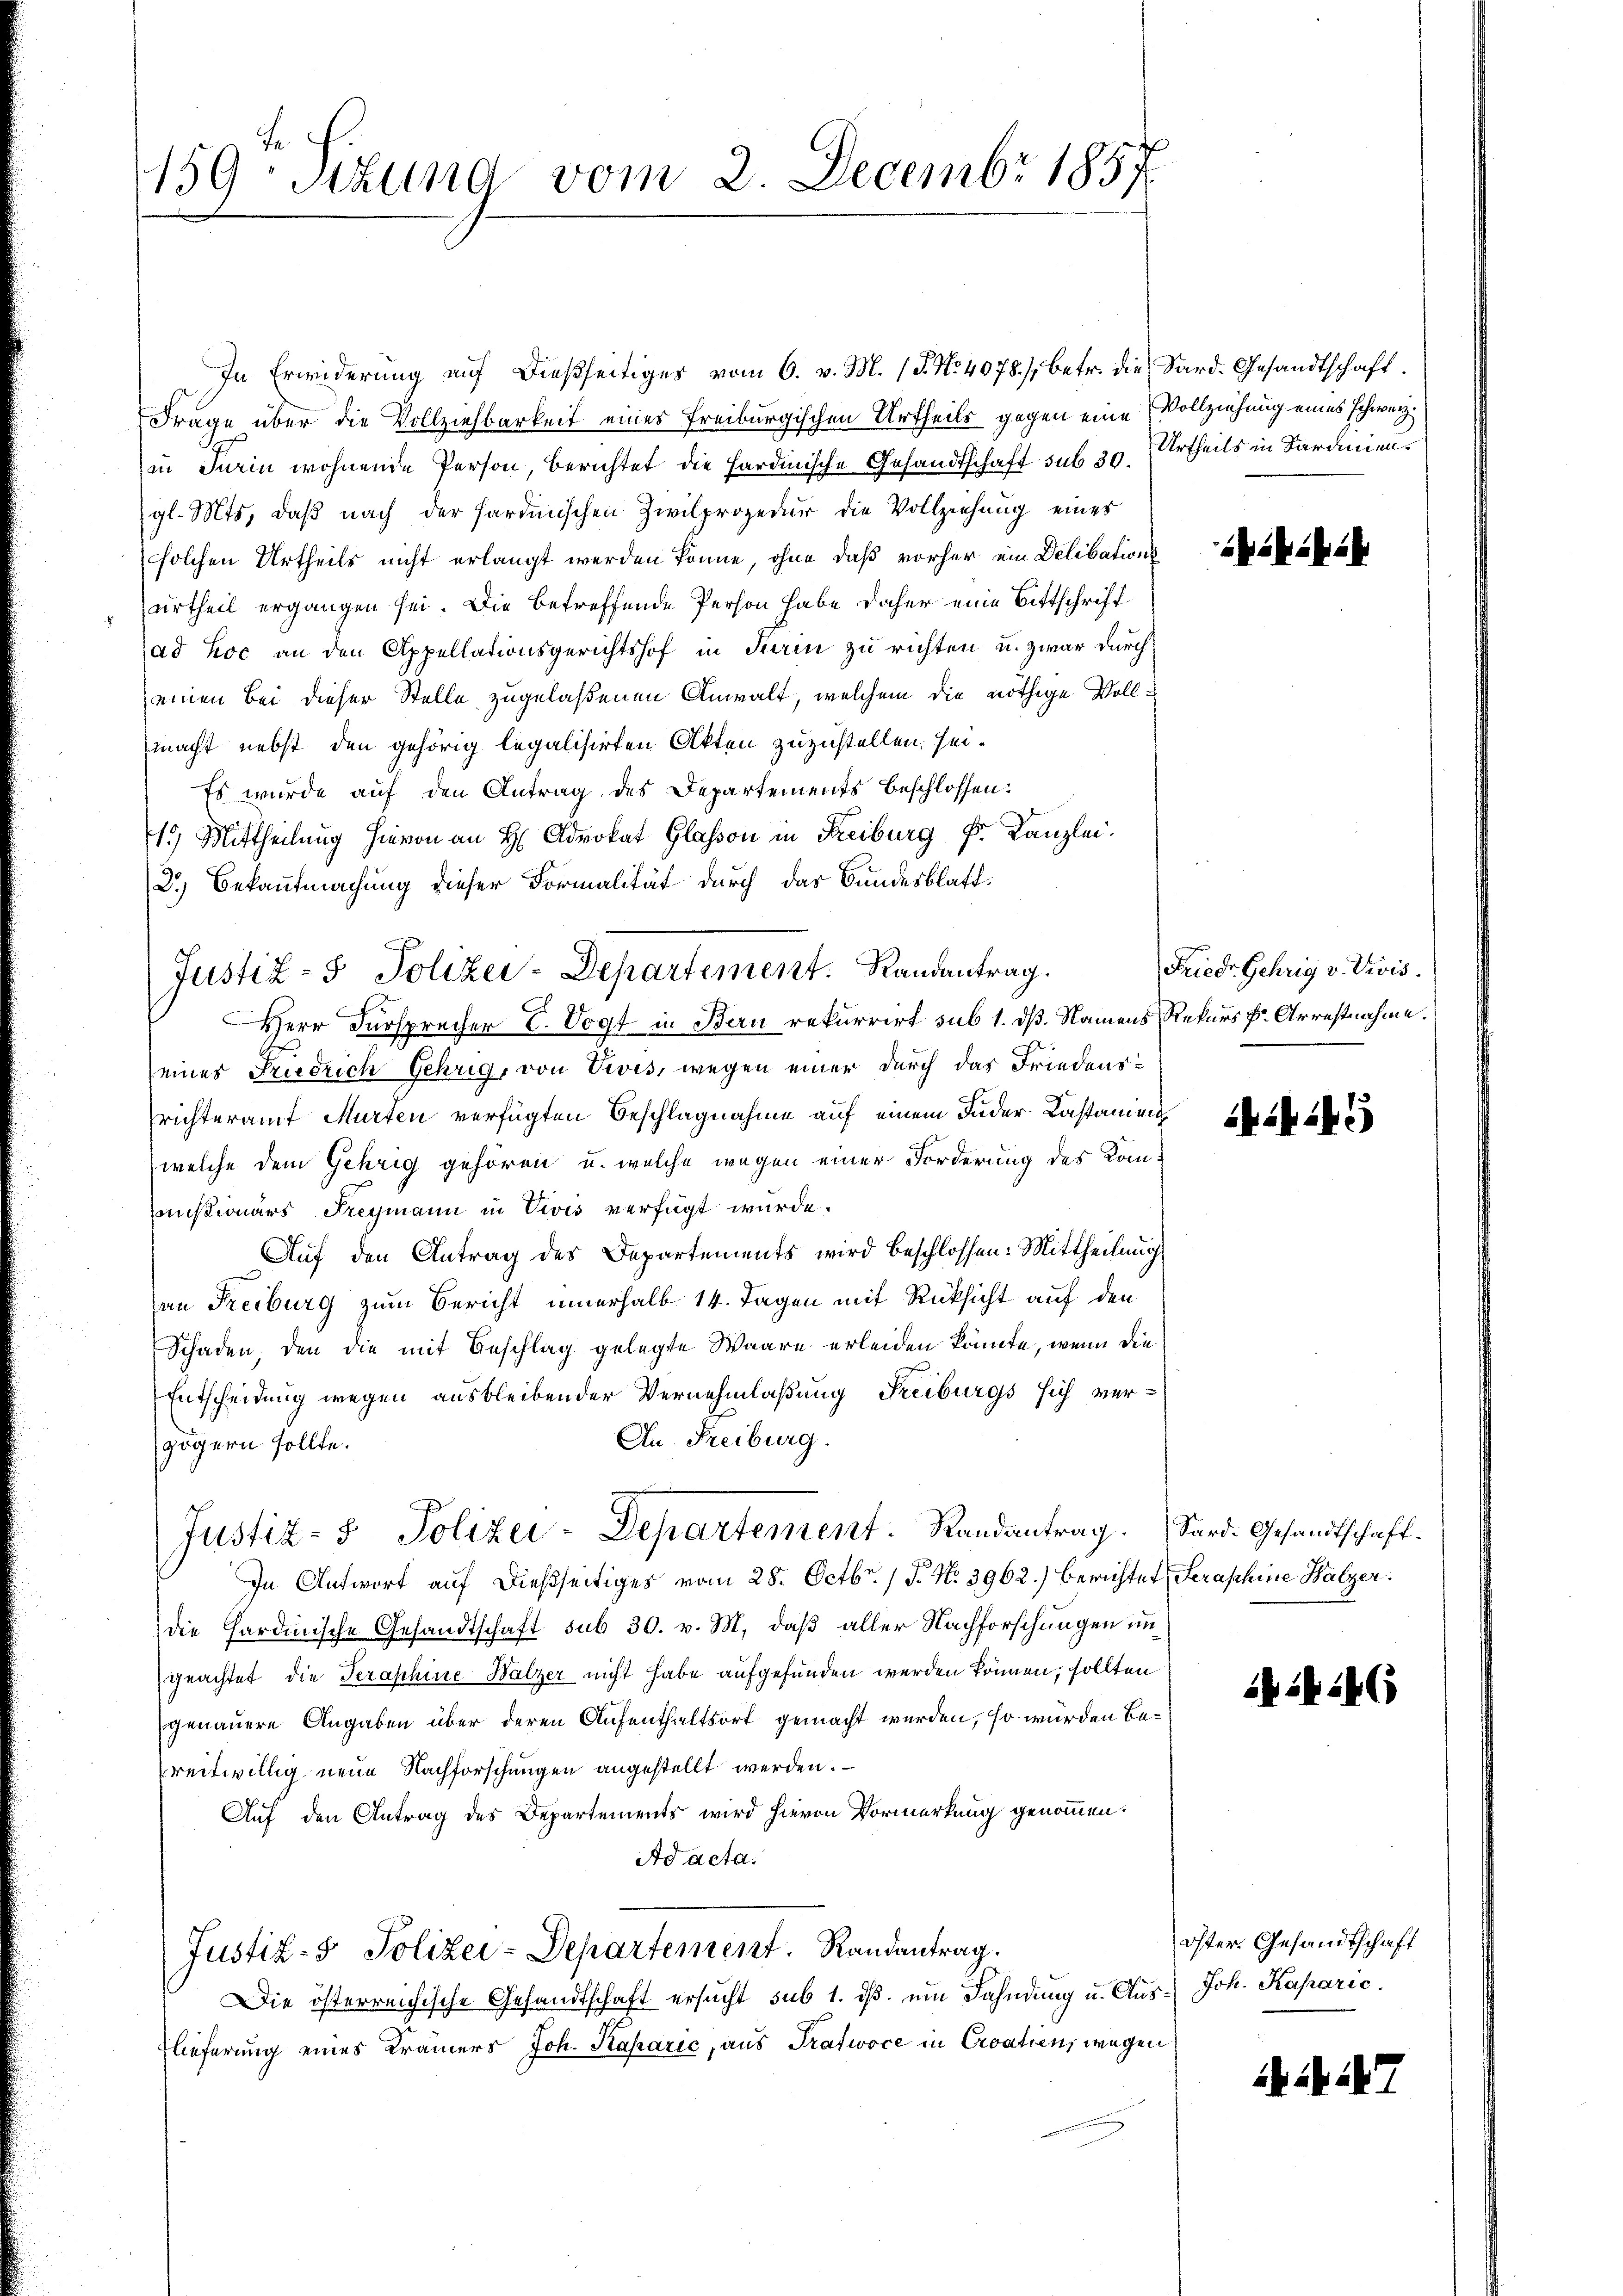
159: Sizung vom 2. Decembr 1857

In Erwiderung aŭf dießseitiges vom 6. v. M. (T. No. 4078/, betr. die Sard. Gesandtschaft.
Frage über die Vollziehbarkeit eines Freiburgischen Urtheils gegen eine Vollziehung eines Schweiz
in Turin wohnende Person, berichtet die Hardinische Gesandtschaft sub 30. Urtheils in Sardiniengl. Mts. daß nach der Hardmischen Zivilprozedur die Vollziehung eines
solchen Urtheils nicht erlangt werden könne, ohne daß vorher ein Delibations
urtheil ergangen sei. Die betreffende Person habe daher eine Bittschrift
ad hoc an den Appellationsgerichtshof in Kein zu richten u. zwar durch
einen Bei dieser Stelle zugelaßenen Anwalt, welchem die nöthige Vollmacht nebst den gehörig legalisirten Akten zuzustellen, sei¬
Es wurde auf den Antrag des Departements beschlossen:
15) Mittheilung hievon an H Advokat Glasson in Freiburg Fr. Kanzlei.
2.) Bekanntmachung dieser Formalität durch das Bundesblatt¬
Herr Fürsprecher E. Vogt in Bern rekurrirt sub 1. dß. Namens Rekurs pr. Arrestnahme.
eines Friedrich Gehrig, von Divis, wegen einer durch das Friedensrichteramt Murten verfügten Beschlagnahme auf einem Fuder-Castanien
welche dem Gehrig gehören, u. welche wegen einer Forderung des Kommißionars Freymann in Vivis verfügt wurde.
Auf den Antrag des Departements wird beschlossen: Mittheilung
an Freiburg zum Bericht innerhalb 14. Tagen mit Rücksicht auf den
Schaden, den die mit Beschlag gelegte Waare erleiden könnte, wenn die
Entscheidung wegen ausbleibender Vernehmlaßung Freiburgs sich ver¬
An Freiburg.
zögern sollte.
Justiz- & Polizei-Departement. Randantrag. Sard. Gesandtschaft:
In Antwort auf dießseitiges vom 28. Octbr. / P. N. 3962.) berichtet, Seraschine Halzer.
die Hardinische Gesandtschaft sub 30. v. M. daß aller Nachforschungen ungeachtet die Seraphine Walzer nicht habe aufgefunden werden können, sollten
genauere Angaben über deren Aufenthaltsort gemacht werden, so würden Bereitwillig neue Nachforschungen angestellt werden.
Auf den Antrag des Departements wird hievon Vormerkung genommen.
Ad acta.
Justiz- & Polizei-Departement. Randantrag.
Die österreichische Gesandtschaft ersucht sub 1. ds. ein Fahndung u. Aus-Joh. Kaparić.
Elieferung eines Krämers Joh. Kakazić, aus Trafwoce in Croatien, wegen

Justiz- & Polizei-Departement. Randantrag.

iheh ih

Friedr Gehrig v. Divis.

245

hibi

öster. Gesandtschaft

247